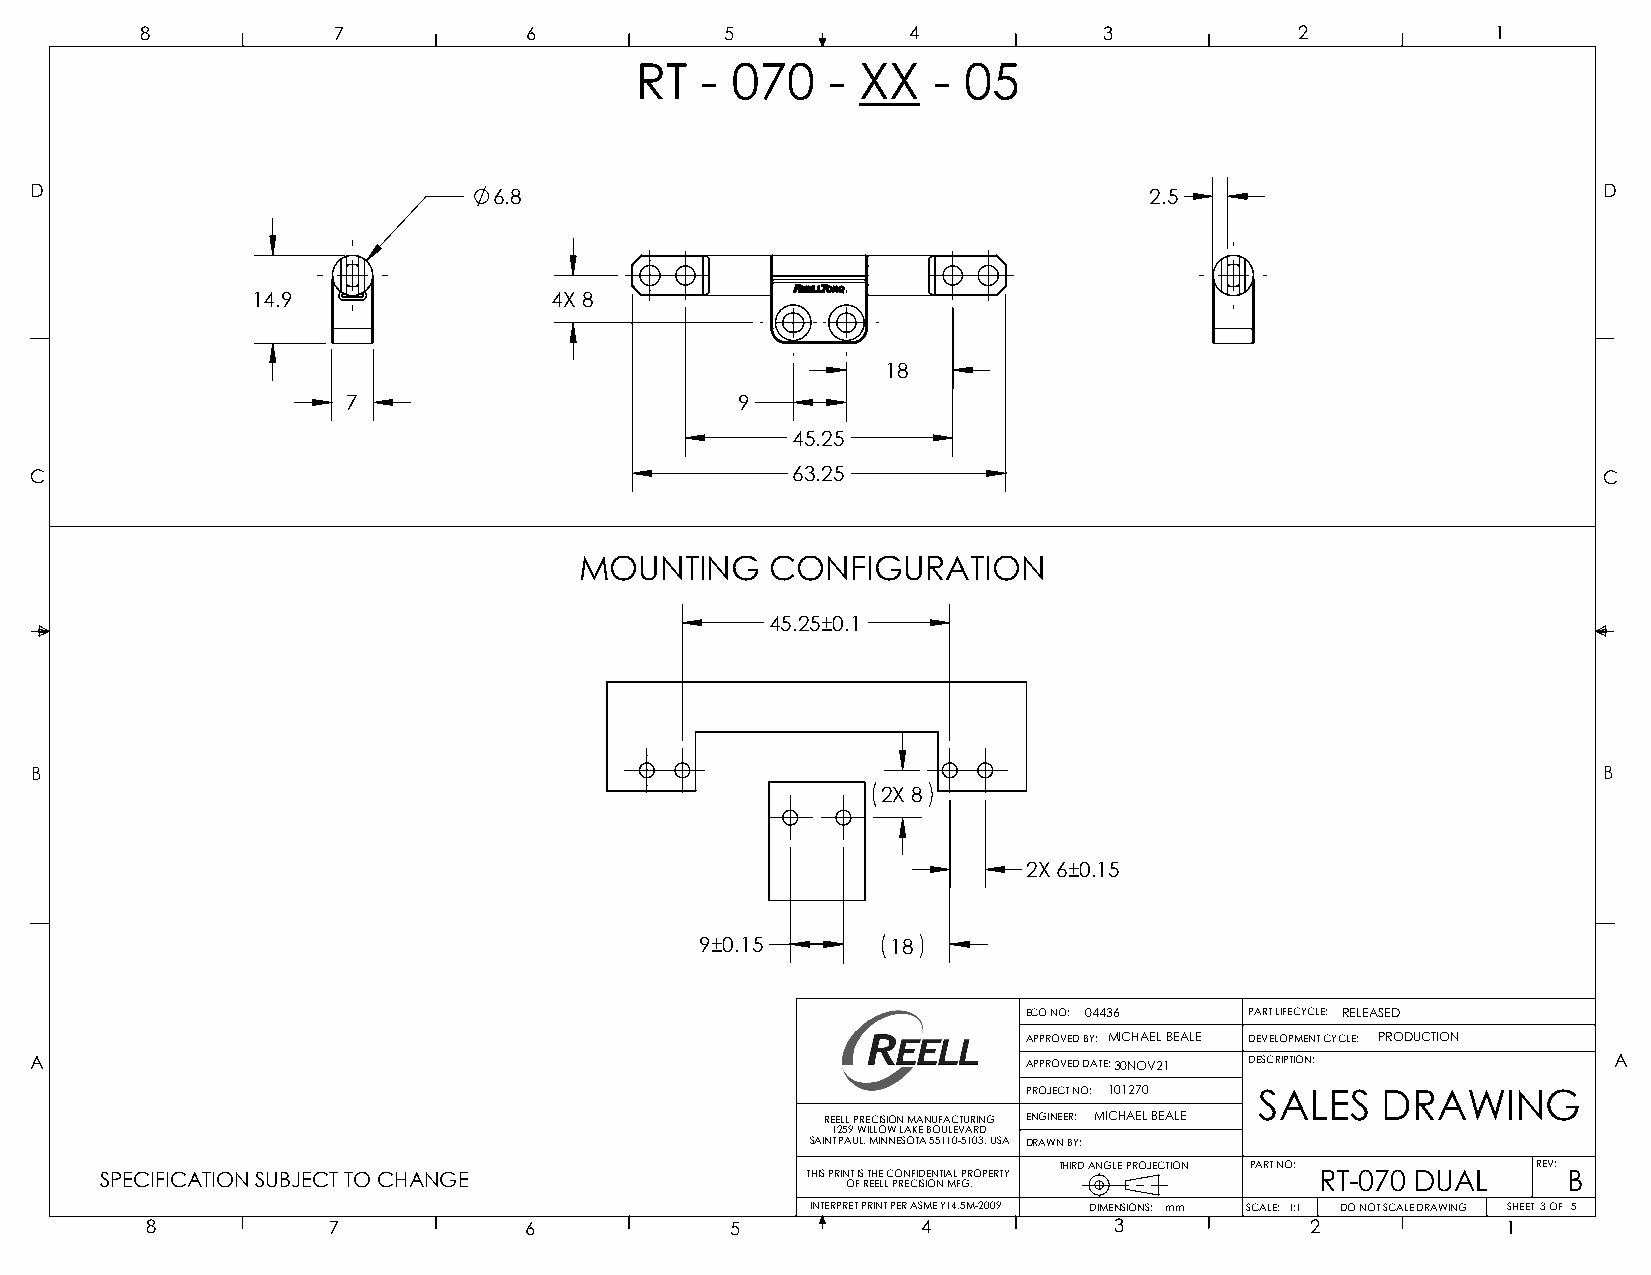
8            7            6            5           4            3            2            1
 RT  - 070    - XX   - 05
 D                              6.8                                        2.5                           D
 14.9                4X 8
 18
 7                         9
 45.25
 C                                                 63.25                                                 C
 MOUNTING     CONFIGURATION
 45.25±0.1
 B                                                                                                       B
 2X 8
 2X 6±0.15
 9±0.15       18
 ECO NO: 04436  PART LIFECYCLE: RELEASED
 APPROVED BY: MICHAEL BEALE DEVELOPMENT CYCLE: PRODUCTION
 A                                                                 APPROVED DATE:30NOV21 DESCRIPTION:     A
 PROJECT NO: 101270 SALES DRAWING
 REELL PRECISION MANUFACTURING ENGINEER: MICHAEL BEALE
 1259 WILLOW LAKE BOULEVARD
 SAINT PAUL, MINNESOTA 55110-5103, USA DRAWN BY:
 THIRD ANGLE PROJECTION PART NO: REV:
 SPECIFICATION SUBJECT TO CHANGE               THIS PRINT IS THE CONFIDENTIAL PROPERTY RT-070 DUAL B
 OF REELL PRECISION MFG.
 INTERPRET PRINT PER ASME Y14.5M-2009 DIMENSIONS: mm SCALE: 1:1 DO NOT SCALE DRAWING SHEET 3 OF 5
 8           7            6            5            4            3            2            1
 1B MATERIAL: